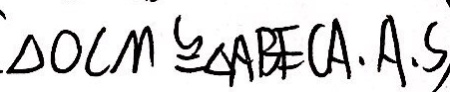
\Delta O C M \cong \Delta A B E ( A . A . S